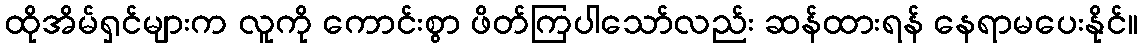
ထိုအိမ်ရှင်များက လူကို ကောင်းစွာ ဖိတ်ကြပါသော်လည်း ဆန်ထားရန် နေရာမပေးနိုင်။